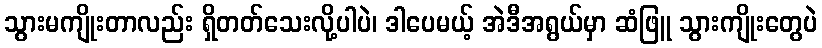
သွားမကျိုးတာလည်း ရှိတတ်သေးလို့ပါပဲ၊ ဒါပေမယ့် အဲဒီအရွယ်မှာ ဆံဖြူ သွားကျိုးတွေပဲ